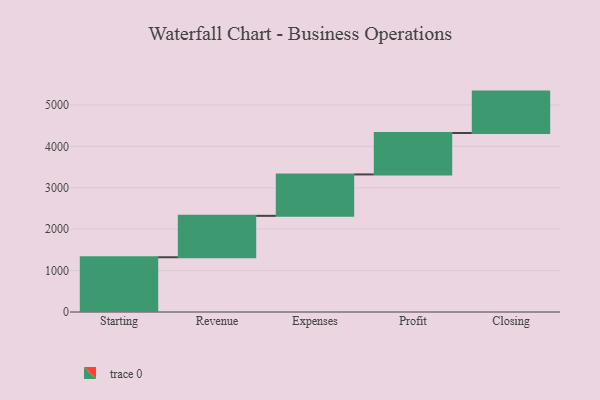
{"axis": {"x": "Step", "y": "Value"}, "legend": [""], "data": [{"x": "Starting", "y": 1322.0, "type": ""}, {"x": "Revenue", "y": 1000, "type": ""}, {"x": "Expenses", "y": 1000, "type": ""}, {"x": "Profit", "y": 1000, "type": ""}, {"x": "Closing", "y": 1000, "type": ""}]}